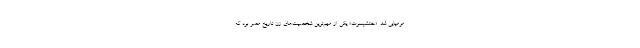
مومیایی شد. «حتشپسوت» یکی از مهم‌ترین شخصیت‌های زن تاریخ مصر بود که